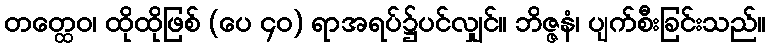
တတ္ထေဝ၊ ထိုထိုဖြစ် (ပေ ၄၀) ရာအရပ်၌ပင်လျှင်။ ဘိဇ္ဇနံ၊ ပျက်စီးခြင်းသည်။